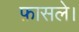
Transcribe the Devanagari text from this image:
फ़ासले।